Annual report on the health of the army in India
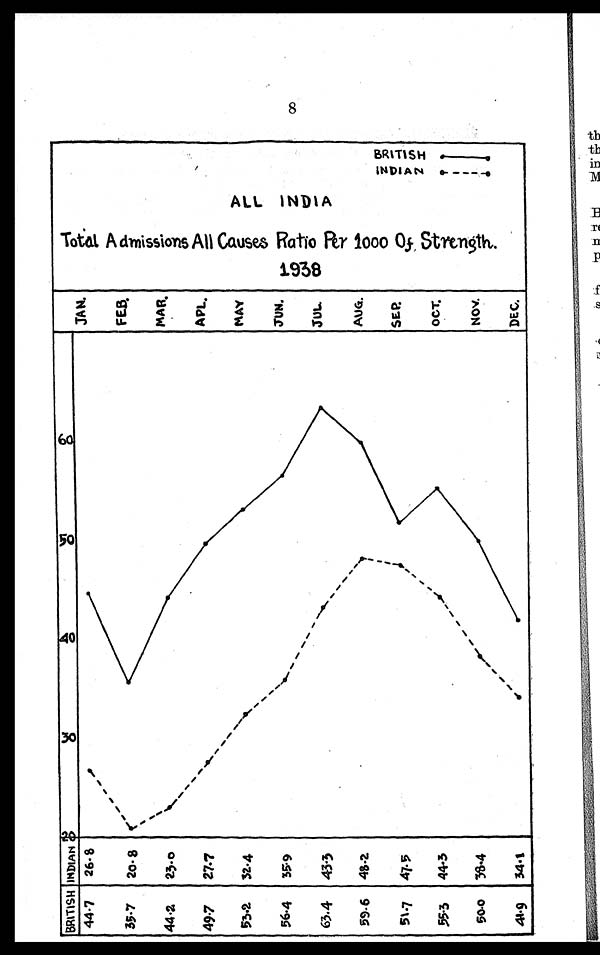
8
BRITISH —
INDIAN
----•
ALL INDIA
T o t a l A d m i s s i o n s A l l C a u s e R a t i o p e r 1 0 0 0 o f S t r e n g t h .
1938
J A N . F E B .
M A R .
APL
M A Y .
J U N .
J U L .
AUG.
S E P .
O C T .
N O V .
DEC.
INDIAN
BRITISH